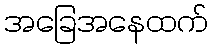
အခြေအနေထက်